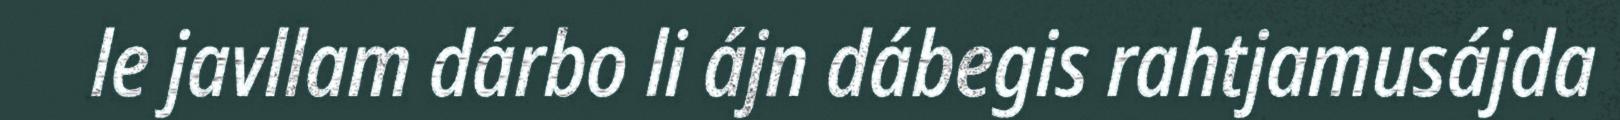
le javllam dárbo li ájn dábegis rahtjamusájda